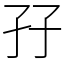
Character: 孖